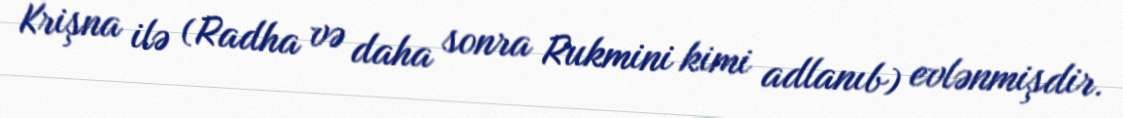
Krişna ilə (Radha və daha sonra Rukmini kimi adlanıb) evlənmişdir.